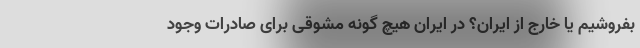
بفروشیم یا خارج از ایران؟ در ایران هیچ گونه مشوقی برای صادرات وجود